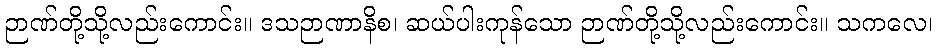
ဉာဏ်တို့သို့လည်းကောင်း။ ဒသဉာဏာနိစ၊ ဆယ်ပါးကုန်သော ဉာဏ်တို့သို့လည်းကောင်း။ သကလေ၊